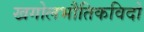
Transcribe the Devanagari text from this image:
खगोलभौतिकविदों